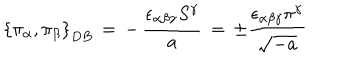
LaTeX: \left\{ \pi _ { \alpha } , \pi _ { \beta } \right\} _ { D B } \, = \, - \, \frac { \epsilon _ { \alpha \beta \gamma } S ^ { \gamma } } { a } \, = \, \pm \frac { \epsilon _ { \alpha \beta \gamma } \pi ^ { \gamma } } { \sqrt { - a } } \,